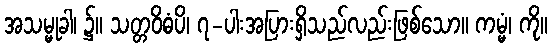
အသမ္မုခါ၊ ၌။ သတ္တဝိဓံပိ၊ ၇-ပါးအပြားရှိသည်လည်းဖြစ်သော။ ကမ္မံ၊ ကို။